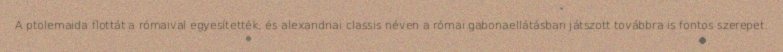
A ptolemaida flottát a rómaival egyesítették, és alexandriai classis néven a római gabonaellátásban játszott továbbra is fontos szerepet.